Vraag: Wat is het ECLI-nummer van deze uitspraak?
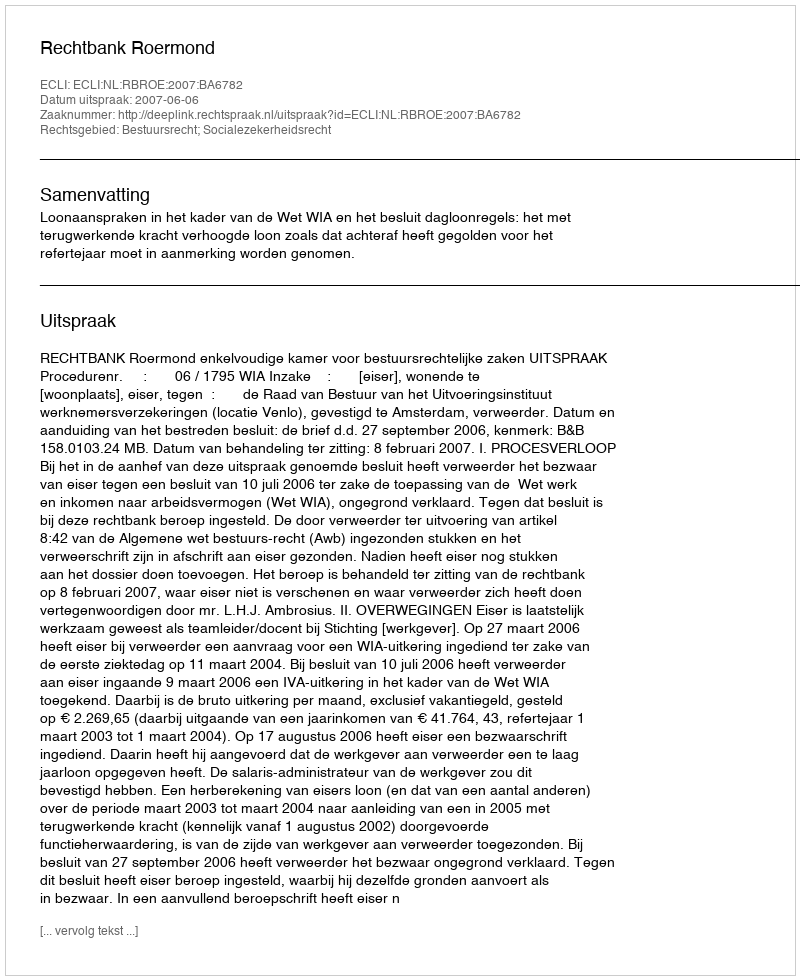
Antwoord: ECLI:NL:RBROE:2007:BA6782